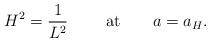
LaTeX: \begin{align*}H^2={1\over L^2}\ \ \ \ \ \ \ {\rm at}\ \ \ \ \ \ a=a_H.\end{align*}